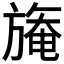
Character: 𣄑